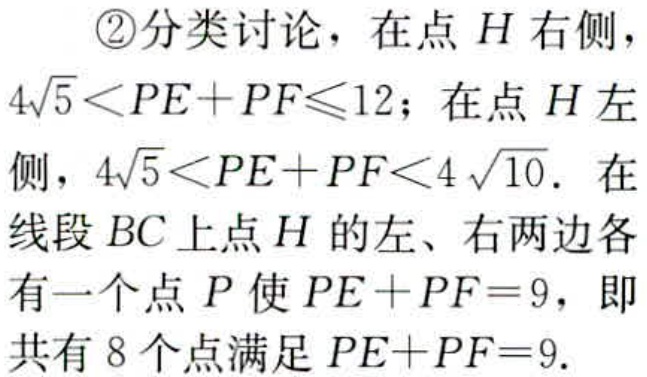
\textcircled{2}分类讨论，在点 \(H\) 右侧，

\(4\sqrt{5}<PE + PF\leqslant12\)；在点 \(H\) 左

侧，\(4\sqrt{5}<PE + PF<4\sqrt{10}\). 在

线段 \(BC\) 上点 \(H\) 的左、右两边各

有一个点 \(P\) 使 \(PE + PF = 9\)，即

共有 \(8\) 个点满足 \(PE + PF = 9\).